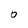
Character: 0